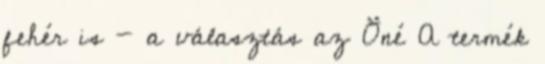
fehér is - a választás az Öné A termék